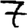
Digit: 7